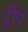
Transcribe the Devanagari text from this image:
द्वीपं